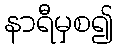
နာရီမှစ၍